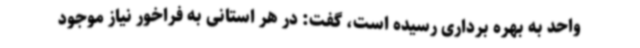
واحد به بهره برداری رسیده است، گفت: در هر استانی به فراخور نیاز موجود